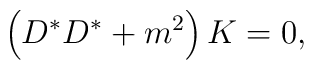
\left( D^{*}D^{*}+m^2\right) K=0,